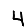
Digit: 4